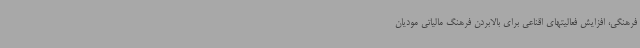
فرهنگی، افزایش فعالیتهای اقناعی برای بالابردن فرهنگ مالیاتی مودیان